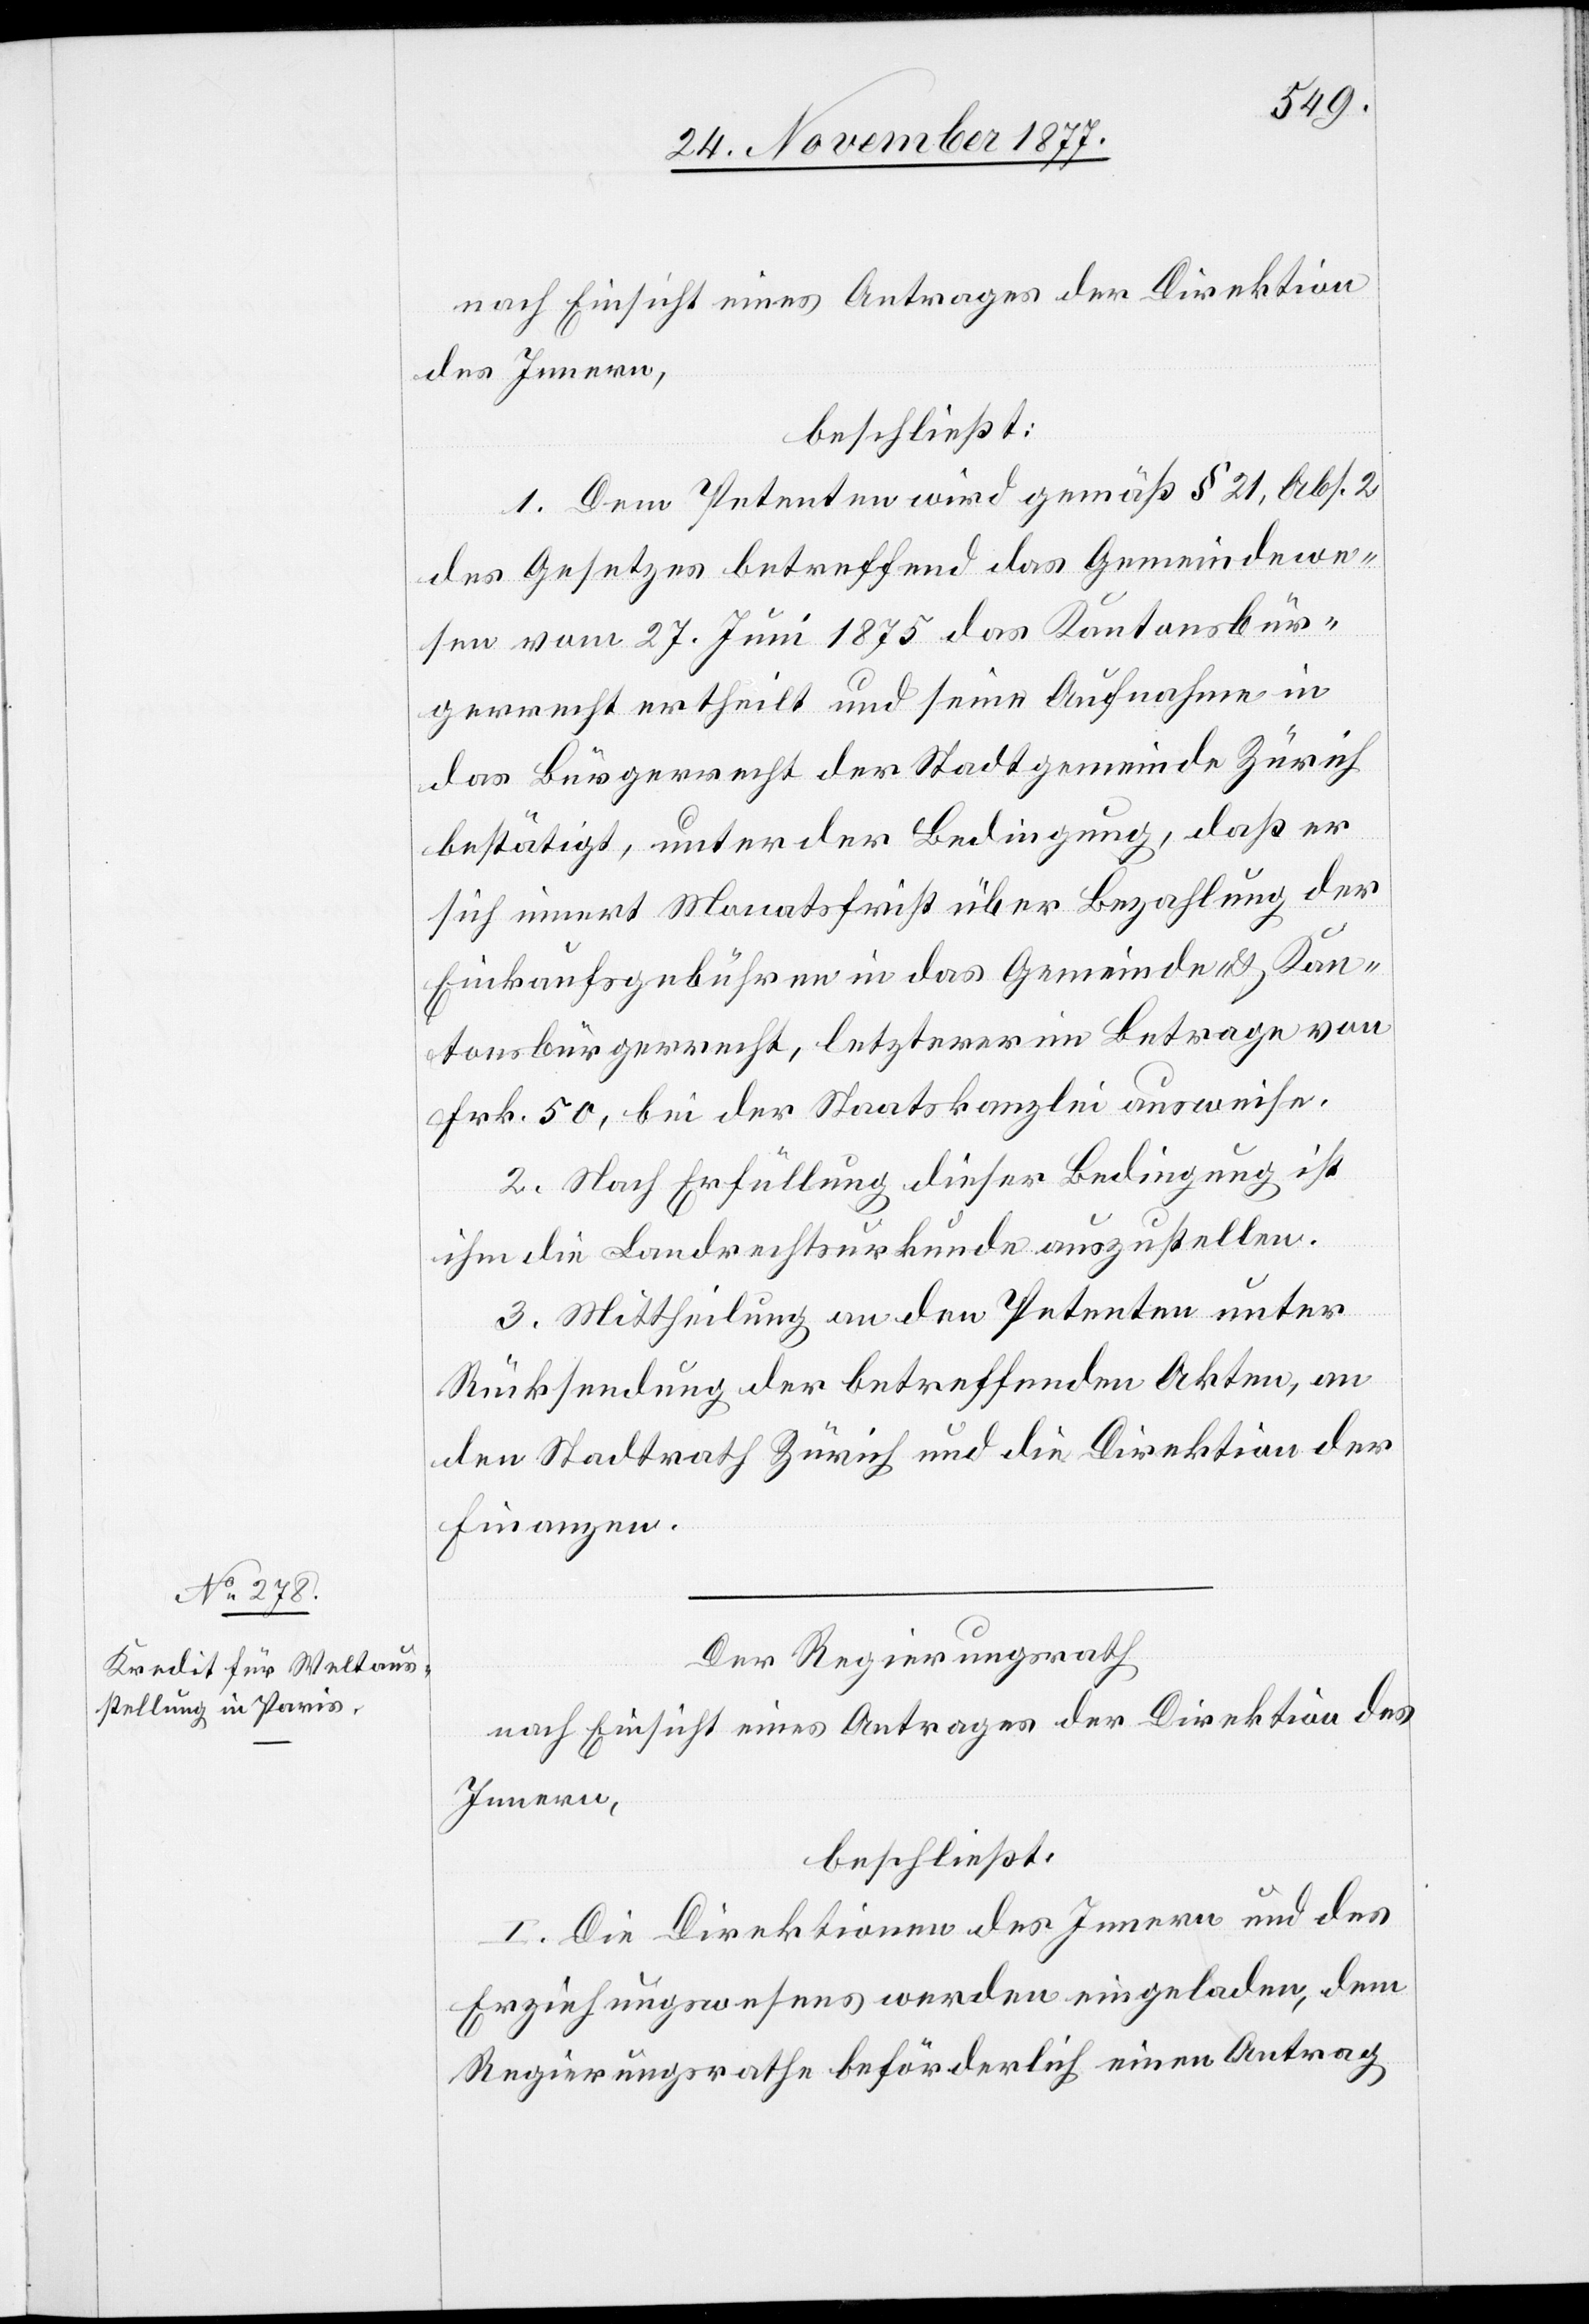
nach Einsicht eines Antrages der Direktion
des Innern,
beschließt:
1. Dem Petenten wird gemäß § 21, Abs. 2
des Gesetzes betreffend das Gemeindewe¬
sen vom 27. Juni 1875 das Kantonsbür¬
gerrecht ertheilt und seine Aufnahme in
das Bürgerrecht der Stadtgemeinde Zürich
bestätigt, unter der Bedingung, daß er
sich innert Monatsfrist über Bezahlung der
Einkaufsgebühren in das Gemeinde- & Kan¬
tonsbürgerrecht, letzterer im Betrage von
Frk. 50, bei der Staatskanzlei ausweise.
2. Nach Erfüllung dieser Bedingung ist
ihm die Landrechtsurkunde auszustellen.
3. Mittheilung an den Petenten unter
Rücksendung der betreffenden Akten, an
den Stadtrath Zürich und die Direktion der
Finanzen.
Der Regierungsrath
nach Einsicht eines Antrages der Direktion des
Innern,
beschließt:
I. Die Direktionen des Innern und des
Erziehungswesens werden eingeladen, dem
Regierungsrathe beförderlich einen Antrag